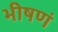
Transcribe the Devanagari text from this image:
भीषणं